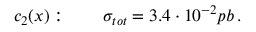
c _ { 2 } ( x ) : \qquad \sigma _ { t o t } = 3 . 4 \cdot 1 0 ^ { - 2 } p b \, .